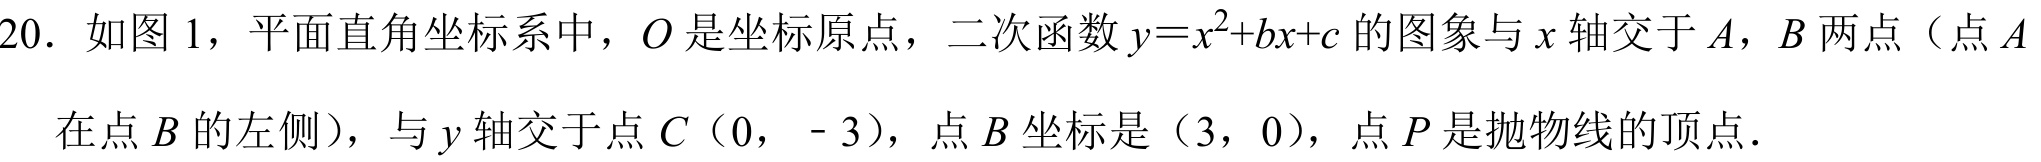
20. 如图1，平面直角坐标系中，\(O\)是坐标原点，二次函数\(y = x^{2}+bx + c\)的图象与\(x\)轴交于\(A\)，\(B\)两点（点\(A\)
在点\(B\)的左侧），与\(y\)轴交于点\(C\)（0， - 3），点\(B\)坐标是（3，0），点\(P\)是抛物线的顶点．